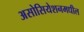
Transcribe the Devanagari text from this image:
असोसियेशनमधील